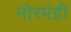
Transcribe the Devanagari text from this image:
नोरमंडी